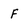
Character: F